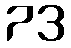
73